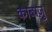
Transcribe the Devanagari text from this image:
काबाज़ु